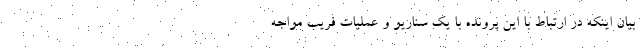
بیان اینکه در ارتباط با این پرونده با یک سناریو و عملیات فریب مواجه